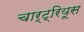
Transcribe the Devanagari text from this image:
चार्ट्रियूस